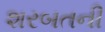
શરબતની